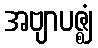
အဗျာပဇ္ဈံ